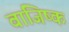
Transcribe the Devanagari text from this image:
वाजिष्क